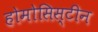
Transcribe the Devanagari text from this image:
होमोसिस्टीन